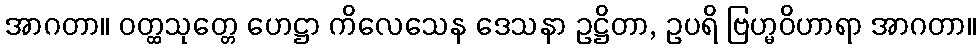
အာဂတာ။ ဝတ္ထသုတ္တေ ဟေဋ္ဌာ ကိလေသေန ဒေသနာ ဥဋ္ဌိတာ, ဥပရိ ဗြဟ္မဝိဟာရာ အာဂတာ။